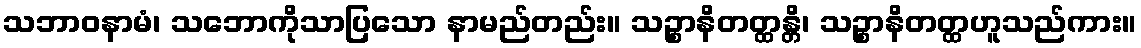
သဘာဝနာမံ၊ သဘောကိုသာပြသော နာမည်တည်း။ သဉ္စာနိတတ္ထန္တိ၊ သဉ္စာနိတတ္ထဟူသည်ကား။